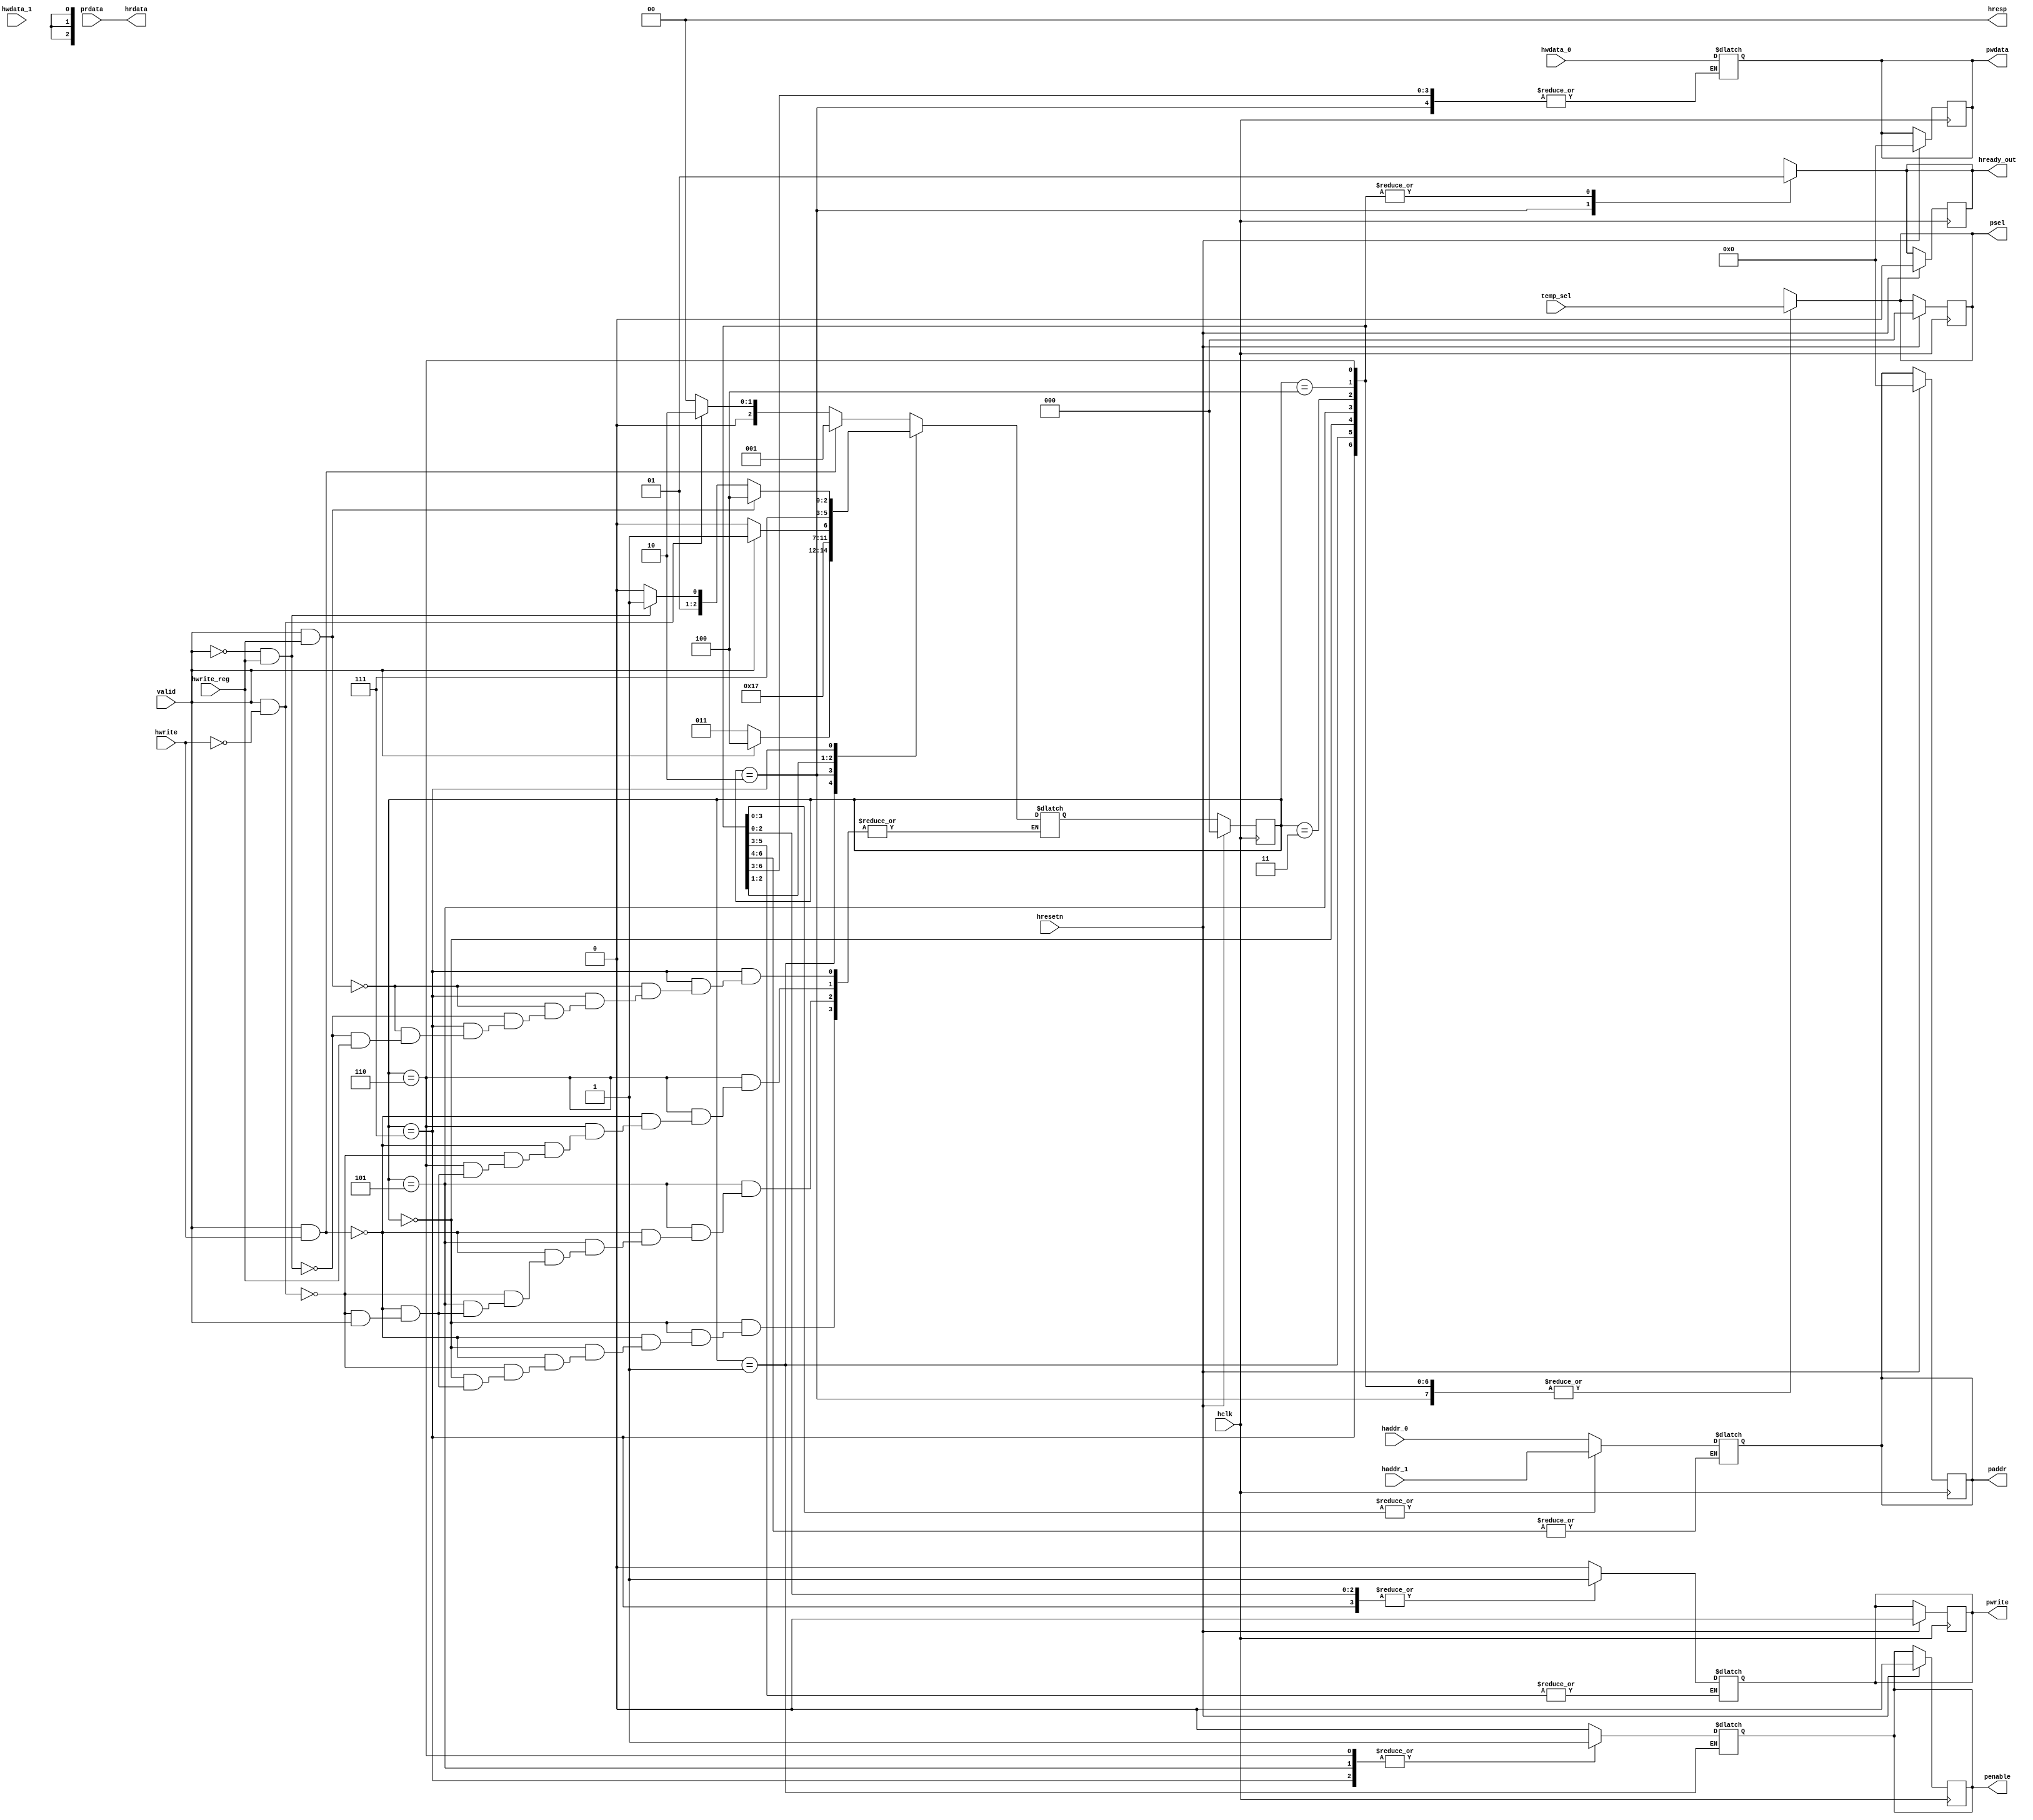
module apb_fsm(hclk,
               hresetn,
               hwrite,
               valid,
               hwrite_reg,
               hwdata_0,
               hwdata_1,
               haddr_0,
               haddr_1,
               temp_sel,
               pwrite,
               penable,
               psel,
               paddr,
               pwdata,
               prdata,
               hrdata,
               hresp,
               hready_out);

  input hclk, hresetn, valid, hwrite, hwrite_reg;
  input [31:0] hwdata_0, hwdata_1, haddr_0, haddr_1;
  input [2:0] temp_sel;
  output reg pwrite, penable;
  output reg [2:0] psel;
  output reg [31:0] paddr, pwdata;
  input [31:0] prdata;
  output [31:0] hrdata;
  output [1:0] hresp;
  output reg hready_out;

  parameter ST_IDLE = 3'b000,
            ST_WWAIT = 3'b001,
            ST_READ = 3'b010,
            ST_WRITE = 3'b011,
            ST_WRITEP = 3'b100,
            ST_RENABLE = 3'b101,
            ST_WENABLE = 3'b110,
            ST_WENABLEP = 3'b111;

  reg [2:0] present_state,
            next_state;

  always@(posedge hclk)
  begin
    if(hresetn)
      begin
      pwrite = 0;
      penable = 0;
      psel = 0;
      paddr = 0;
      pwdata = 0;
      hready_out = 0;
      present_state <= ST_IDLE;
      end
    else
      present_state <= next_state;
  end

  always@(*)
  begin
    case (present_state)
      ST_IDLE     : begin
                    penable = 0;
                    psel = temp_sel;
                    hready_out = 1;
                    if (valid==1 && hwrite==1) 
                      next_state=ST_WWAIT;
                    else if (valid==1 && hwrite==0)
                      next_state=ST_READ;
                    else if (valid==0)
                      next_state=ST_IDLE;
                    end
      ST_WWAIT    : begin
                    psel = temp_sel;
                    hready_out = 1;
                    if (valid==1) 
                      next_state=ST_WRITEP;
                    else if (valid==0)
                      next_state=ST_WRITE;
                    end
      ST_READ     : begin
                    pwrite = 0;
                    penable = 0;
                    psel = temp_sel;
                    paddr = haddr_0;
                    hready_out = 0;
                    next_state=ST_RENABLE;
                    end
      ST_WRITE    : begin
                    pwrite = 1;
                    penable = 0;
                    psel = temp_sel;
                    paddr = haddr_1;
                    pwdata = hwdata_0;
                    hready_out = 1;
                    if (valid==1) 
                      next_state=ST_WENABLEP;
                    else if (valid==0)
                      next_state=ST_WENABLE;
                    end
      ST_WRITEP   : begin
                    pwrite = 1;
                    penable = 0; 
                    psel = temp_sel;
                    paddr = haddr_1;
                    pwdata = hwdata_0;
                    hready_out = 1;
                    next_state=ST_WENABLEP;
                    end
      ST_RENABLE  : begin
                    penable = 1;
                    psel = temp_sel;
                    paddr = haddr_1;
                    hready_out = 1;
                    if (valid==1 && hwrite==1) 
                      next_state=ST_WWAIT;
                    else if (valid==1 && hwrite==0)
                      next_state=ST_READ;
                    else if (valid==0)
                      next_state=ST_IDLE;
                    end
      ST_WENABLE  : begin
                    pwrite = 1;
                    penable = 1;
                    psel = temp_sel;
                    paddr = haddr_1;
                    pwdata = hwdata_0;
                    hready_out = 1;
                    if (valid==1 && hwrite==1) 
                      next_state=ST_WWAIT;
                    else if (valid==1 && hwrite==0)
                      next_state=ST_READ;
                    else if (valid==0)
                      next_state=ST_IDLE;
                    end
      ST_WENABLEP : begin
                    pwrite = 1;
                    penable = 1;
                    psel = temp_sel;
                    hready_out = 1;
                    if (valid==1 && hwrite_reg==1) 
                      next_state=ST_WRITEP;
                    else if (valid==0 && hwrite_reg==1)
                      next_state=ST_WRITE;
                    else if (hwrite_reg==0)
                      next_state=ST_READ;
                    end
      default     : next_state=ST_IDLE;
    endcase
  end

  assign hrdata = prdata;
  assign hresp = 2'b00;

endmodule